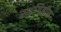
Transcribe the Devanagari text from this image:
स्थगितीस